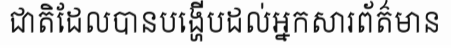
ជាតិដែលបានបង្ហើបដល់អ្នកសារព័ត៌មាន